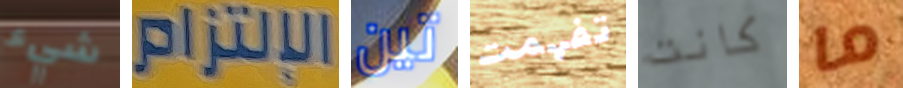
شيء الإلتزام تين تفهمت كانت ما